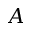
A